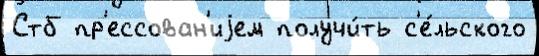
Стб пр'ессован'иjем получи́ть с'е́льского